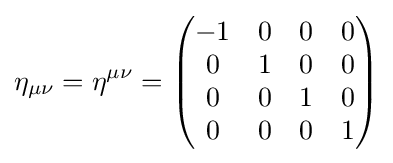
\eta _{\mu \nu }=\eta ^{\mu \nu }={\begin{pmatrix}-1&0&0&0\\0&1&0&0\\0&0&1&0\\0&0&0&1\end{pmatrix}}